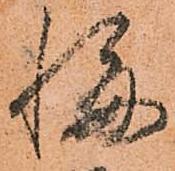
悔